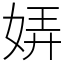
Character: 㛞